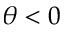
\theta < 0